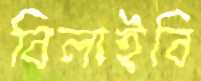
বিলাইবি